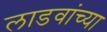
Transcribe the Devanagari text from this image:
लाडवांच्या